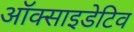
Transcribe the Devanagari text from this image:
ऑक्साइडेटिव